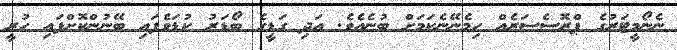
ނެނޯމީޓަރުގެ ޕްރޮސެސަަރެއް ހިމެނޭނެކަމަށް ބުނެއެވެ. އަދި ގަޑީގެ ބޯޑަރު ކުޑަވެފައި ބޭނުންކޮށްފައި ހުރީ